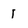
Character: 1